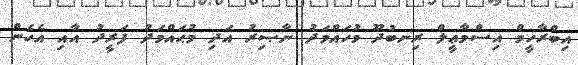
އިބްރާހީމް އިސްމާޢީލް ރިނބުދޫ މުހައްމަދު ނާޞިރު އަދި މުޙައްމަދު ފަރީދު އާއި އެހެން